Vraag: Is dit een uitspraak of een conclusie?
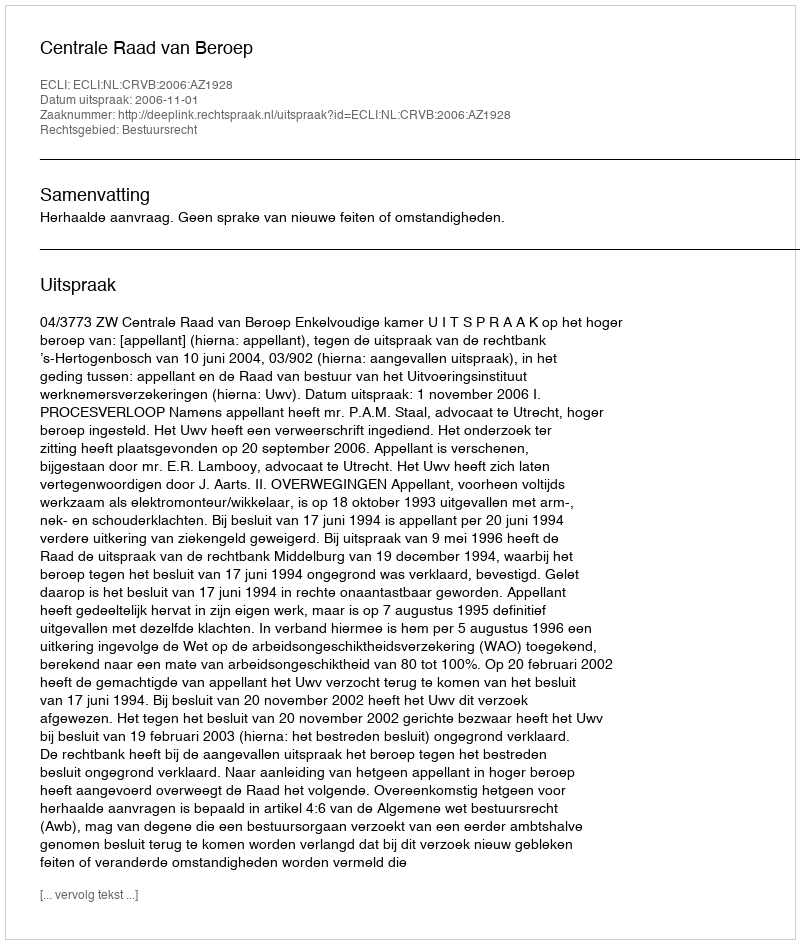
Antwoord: Uitspraak